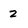
Character: 2